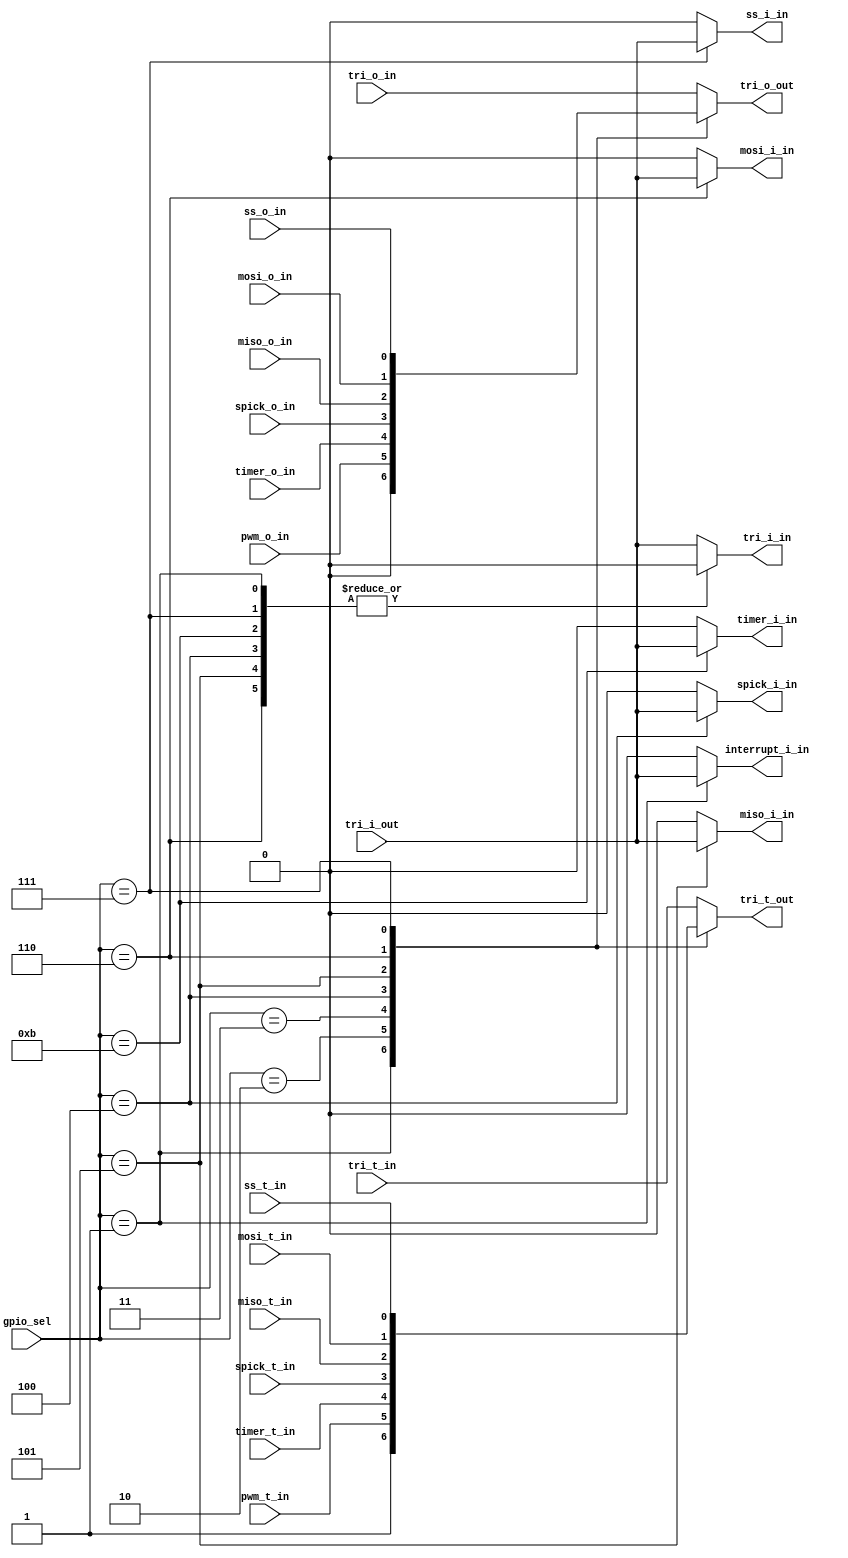
module arduino_switch_digital_bit(
// configuration
    input [3:0] gpio_sel,
// connector side
    input tri_i_out,
    output reg tri_o_out,
    output reg tri_t_out,
// PL side
    // digital I/O
    output tri_i_in,
    input tri_o_in,
    input tri_t_in,
    // SPI
    output  spick_i_in,
    input  spick_o_in,
    input  spick_t_in,
    output  miso_i_in,
    input  miso_o_in,
    input  miso_t_in,
    output  mosi_i_in,
    input  mosi_o_in,
    input  mosi_t_in,
    output  ss_i_in,
    input  ss_o_in,
    input  ss_t_in,
    // Interrupts
    output interrupt_i_in,
    // PWM
    input  pwm_o_in,
    input  pwm_t_in,
    // Timer
    output  timer_i_in, // Input capture
    input  timer_o_in,  // output compare
    input  timer_t_in
    );

    reg [6:0] tri_i_out_demux;
    assign {ss_i_in,mosi_i_in,miso_i_in,spick_i_in,timer_i_in,interrupt_i_in,tri_i_in} = tri_i_out_demux;

    always @(gpio_sel, tri_o_in, pwm_o_in, timer_o_in, spick_o_in, miso_o_in, mosi_o_in, ss_o_in)
       case (gpio_sel)
          4'h0: tri_o_out = tri_o_in;
          4'h1: tri_o_out = 1'b0;       // interrupt is input only 
          4'h2: tri_o_out = pwm_o_in;
          4'h3: tri_o_out = timer_o_in;
          4'h4: tri_o_out = spick_o_in;
          4'h5: tri_o_out = miso_o_in;
          4'h6: tri_o_out = mosi_o_in;
          4'h7: tri_o_out = ss_o_in;
          default: tri_o_out = tri_o_in;
       endcase

    always @(gpio_sel, tri_i_out)
    begin
       tri_i_out_demux = {7{1'b0}};
       case (gpio_sel)
          4'h0: tri_i_out_demux[0] = tri_i_out;
          4'h1: tri_i_out_demux[1] = tri_i_out;
 //         4'h2: tri_i_out_demux[2] = tri_i_out;   // PWMx is output only hence not fed back to PL
 //         4'h3: tri_i_out_demux[2] = tri_i_out;   // input capture is driven when gpio_sel=4'hb
          4'h4: tri_i_out_demux[3] = tri_i_out;
          4'h5: tri_i_out_demux[4] = tri_i_out;
          4'h6: tri_i_out_demux[5] = tri_i_out;
          4'h7: tri_i_out_demux[6] = tri_i_out;
          4'hb: tri_i_out_demux[2] = tri_i_out;
          default: tri_i_out_demux[0] = tri_i_out;
       endcase
    end

    always @(gpio_sel, tri_t_in, pwm_t_in, timer_t_in, spick_t_in, miso_t_in, mosi_t_in, ss_t_in)
       case (gpio_sel)
          4'h0: tri_t_out = tri_t_in;
          4'h1: tri_t_out = 1'b1;   // interrupt is input only so tristate it
          4'h2: tri_t_out = pwm_t_in;
          4'h3: tri_t_out = timer_t_in;
          4'h4: tri_t_out = spick_t_in;
          4'h5: tri_t_out = miso_t_in;
          4'h6: tri_t_out = mosi_t_in;
          4'h7: tri_t_out = ss_t_in;
          default: tri_t_out = tri_t_in;
       endcase
    
endmodule